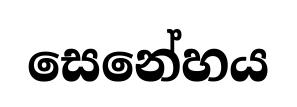
සෙනේහය